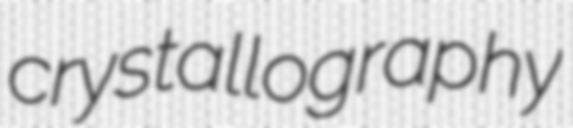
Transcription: crystallography